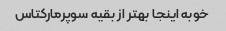
خوبه اینجا بهتر از بقیه سوپرمارکتاس